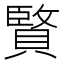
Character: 𮚚